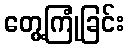
တွေ့ကြုံခြင်း